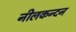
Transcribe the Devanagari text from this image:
नीलकन्दन